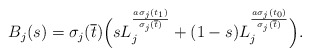
\begin{align*}B_j(s) = \sigma_j(\overline{t}) \Bigl( s L_j^{\frac{a\sigma_j(t_1)}{\sigma_j(\overline{t})}} + (1-s)L_j^{\frac{a\sigma_j(t_0)}{\sigma_j(\overline{t})}}\Bigr).\end{align*}